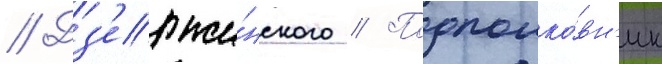
// Дз'ержи́нского // Подполко́вн'ик